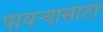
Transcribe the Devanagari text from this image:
पायऱ्यासाठी